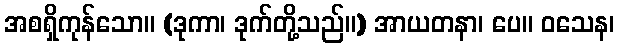
အစရှိကုန်သော။ (ဒုကာ၊ ဒုက်တို့သည်။) အာယတနာ၊ ပေ။ ဝသေန၊